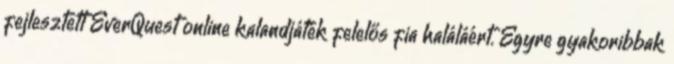
fejlesztett EverQuest online kalandjáték felelős fia haláláért. Egyre gyakoribbak